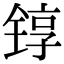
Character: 𬭚